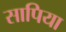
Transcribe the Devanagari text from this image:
सापिया